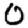
Digit: 0